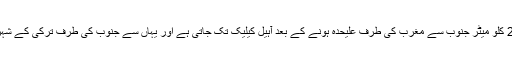
ریلوے لائن تبلیس سے 23 کلو میٹر جنوب سے مغرب کی طرف علیحدہ ہونے کے بعد آہیل کیلیک تک جاتی ہے اور یہاں سے جنوب کی طرف ترکی کے شہر کھارس تک پہنچتی ہے۔